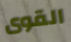
القوى